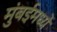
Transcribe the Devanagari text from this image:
मुंबईमध्यें